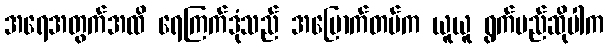
အရေအတွက်အထိ ရေကြက်ဒုံသည် အမြောက်တပ်က ယူယူ ရွက်မည်ဆိုပါက